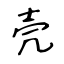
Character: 壳